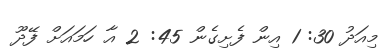
މިއަދު 30: 1 އިން ފެށިގެން 45: 2 އާ ހަމައަށް ފޭދޫ